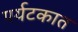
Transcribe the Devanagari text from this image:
पर्यटकात